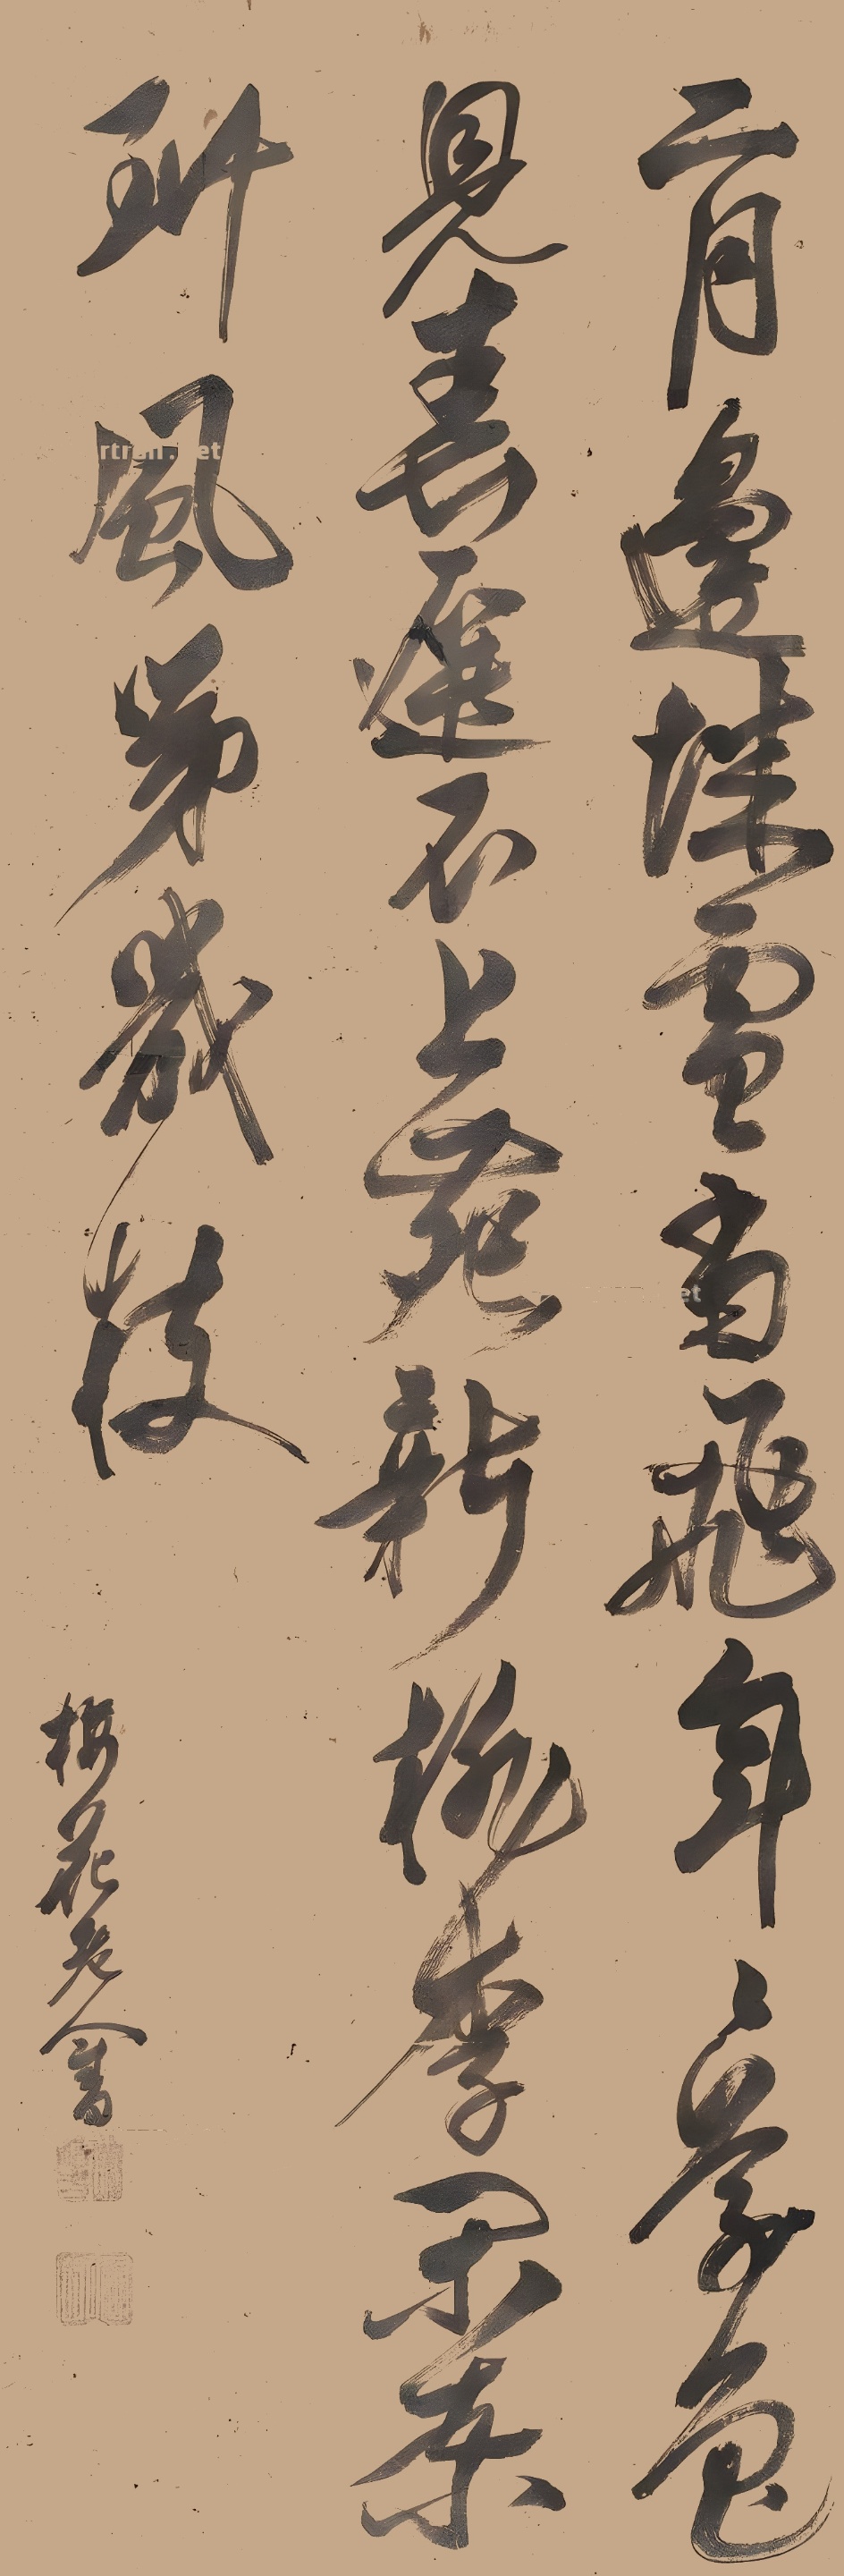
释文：二月边城雪尚飞，年年草色见春迟。不（知）上苑新桃李，开到东风第几枝。梅花老人书。